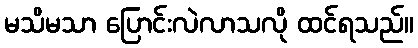
မသိမသာ ပြောင်းလဲလာသလို ထင်ရသည်။